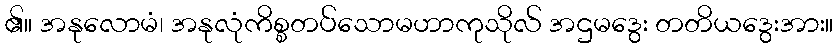
၏။ အနုလောမံ၊ အနုလုံကိစ္စတပ်သောမဟာကုသိုလ် အဌမဒွေး တတိယဒွေးအား။